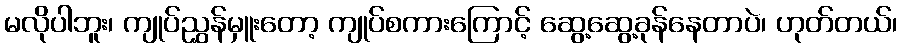
မလိုပါဘူး၊ ကျုပ်ညွှန်မှူးတော့ ကျုပ်စကားကြောင့် ဆွေ့ဆွေ့ခုန်နေတာပဲ၊ ဟုတ်တယ်၊